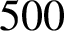
5 0 0